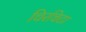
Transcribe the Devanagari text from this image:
चिरचिटा